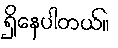
ရှိနေပါတယ်။